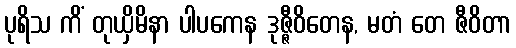
ပုရိသ ကိံ တုယှိမိနာ ပါပကေန ဒုဇ္ဇီဝိတေန, မတံ တေ ဇီဝိတာ